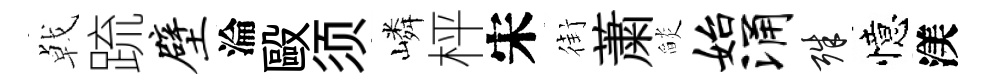
㦸䟽壁淪毆须嶙枰宋街䔥𦦨始涌殊憶渼